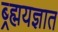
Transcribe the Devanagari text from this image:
ब्र्ह्मयज्ञात